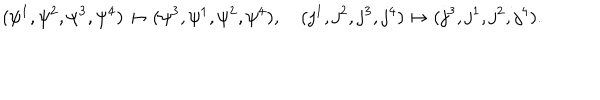
( \psi ^ { 1 } , \psi ^ { 2 } , \psi ^ { 3 } , \psi ^ { 4 } ) \mapsto ( \psi ^ { 3 } , \psi ^ { 1 } , \psi ^ { 2 } , \psi ^ { 4 } ) , \quad ( j ^ { 1 } , j ^ { 2 } , j ^ { 3 } , j ^ { 4 } ) \mapsto ( j ^ { 3 } , j ^ { 1 } , j ^ { 2 } , j ^ { 4 } ) .